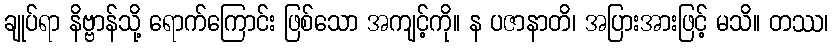
ချုပ်ရာ နိဗ္ဗာန်သို့ ရောက်ကြောင်း ဖြစ်သော အကျင့်ကို။ န ပဇာနာတိ၊ အပြားအားဖြင့် မသိ။ တဿ၊